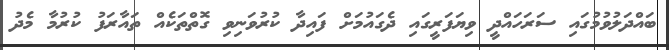
ބައްދަލުވުމުގައި ސަރަހައްދީ ވިޔަފަރީގައި ދެގައުމަށް ފައިދާ ކުރުވަނިވި ގޮތްތަކެއް ތައާރަފު ކުރުމާ މެދު